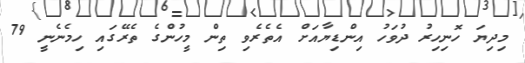
މިދިޔަ ހޮނިހިރު ދުވަހު އިންޑިޔާއަށް އެތެރެވި ތިން މީހުންގެ ތެރޭގައި ހިމެނެނީ 79